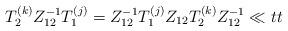
LaTeX: \begin{align*}T_{2 }^{(k)} Z_{12}^{-1}T_{1 }^{ (j)}= Z_{12}^{-1}T_{1 }^{(j)} Z_{12} T_{2 }^{ (k)}Z_{12}^{-1}\ll{tt}\end{align*}